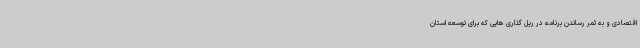
اقتصادی و به ثمر رساندن برنامه در ریل گذاری هایی که برای توسعه استان